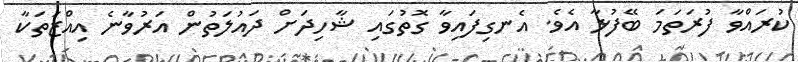
ކުރައްވާ ފުރަތަމަ ބޭފުޅާ އެެވެ. އެނގިފައިވާ ގޮތުގައި ޝާހިދަށް ދައުލަތުން އަރުވާނެ އިއްޒަތަކާ